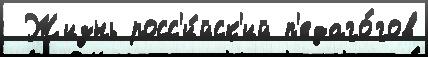
 Жизнь росс'и́йск'ий п'едаго́гов